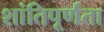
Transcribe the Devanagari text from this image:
शांतिपूर्णता